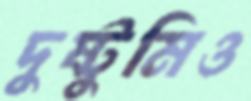
দুষ্টুমিও